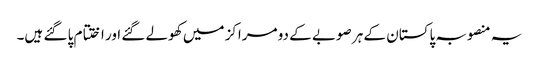
یہ منصوبہ پاکستان کے ہر صوبے کے دو مراکز میں کھولے گئے اور اختتام پا گئے ہیں۔